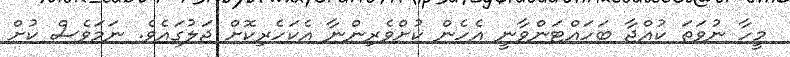
މީހާ ނުވަތަ ކުއްޖާ ބަހައްޓަންވާނީ އެހެން ކުށްވެރިންނާ އެކަހެރިކޮށް ޖަލުގައެވެ. ނަމަވެސް ކުށް